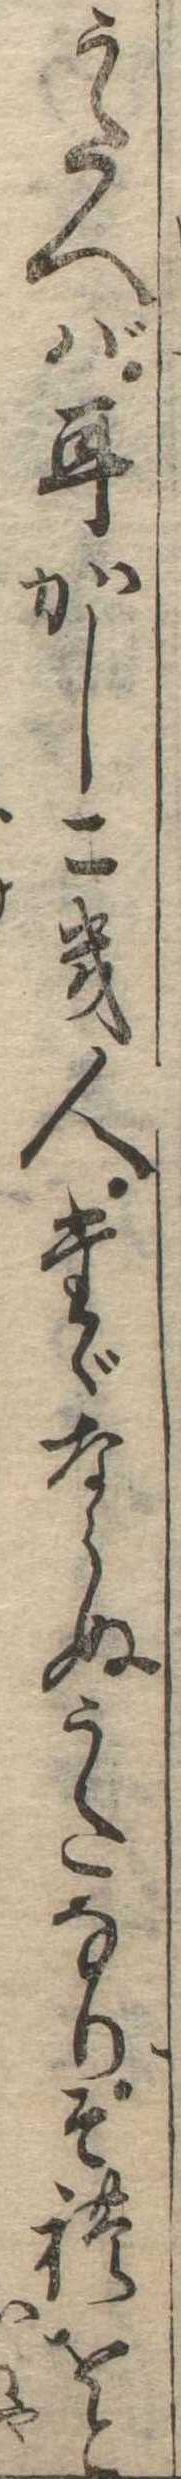
うたへば耳かしこき人たゞならぬうたなりそれをと